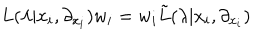
L ( \lambda | x _ { i } , \partial _ { x _ { i } } ) w _ { i } = w _ { i } { \tilde { L } } ( \lambda | x _ { i } , \partial _ { x _ { i } } )